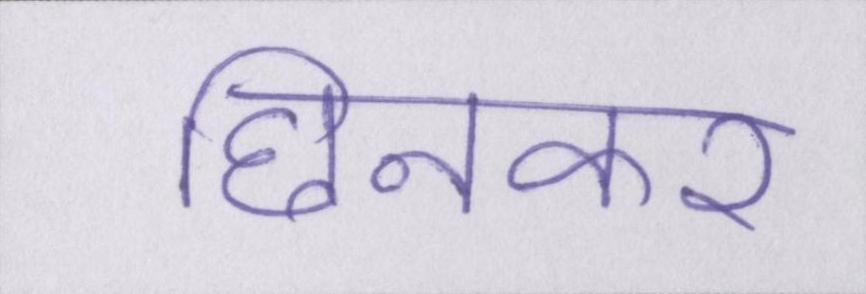
छिनकर